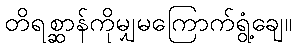
တိရစ္ဆာန်ကိုမျှမကြောက်ရွံ့ချေ။